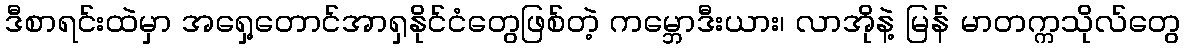
ဒီစာရင်းထဲမှာ အရှေ့တောင်အာရှနိုင်ငံတွေဖြစ်တဲ့ ကမ္ဘောဒီးယား၊ လာအိုနဲ့ မြန် မာတက္ကသိုလ်တွေ